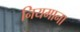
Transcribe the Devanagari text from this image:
नियमाना